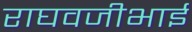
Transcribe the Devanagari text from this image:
राघवजीभाई